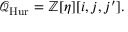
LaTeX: { \mathcal { Q } } _ { \mathrm { H u r } } = \mathbb { Z } [ \eta ] [ i , j , j ^ { \prime } ] .